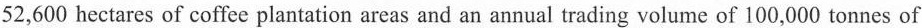
52,600 hectares of coffee plantation areas and an annual trading volume of 100,000 tonnes of